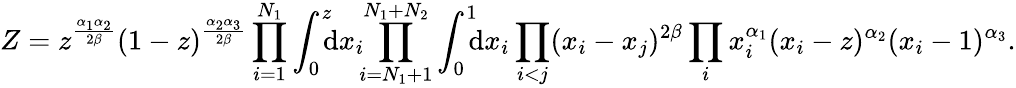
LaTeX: Z=z^{\frac{\alpha_{1}\alpha_{2}}{2\beta}}(1-z)^{\frac{\alpha_{2}\alpha_{3}}{2\beta}}\prod_{i=1}^{N_{1}}\int_{0}^{z}\! \! \! \mathrm{d}x_{i}\! \! \prod_{i=N_{1}+1}^{N_{1}+N_{2}}\int_{0}^{1}\! \! \! \mathrm{d}x_{i}\prod_{i<j}(x_{i}-x_{j})^{2\beta}\prod_{i}x_{i}^{\alpha_{1}}(x_{i}-z)^{\alpha_{2}}(x_{i}-1)^{\alpha_{3}}.